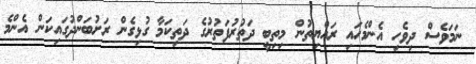
ނަމަވެސް ދިވެހި އެންމެހައި ރައްޔިތުން މިތިބީ ދަތުރުފަތުރުގެ ދަތިކަމާ ގުޅިގެން ރަށުބަންދުގައިކަން އެންމެ